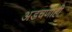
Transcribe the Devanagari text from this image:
अडचणीही